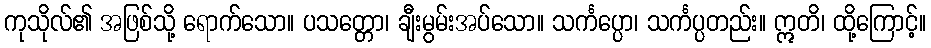
ကုသိုလ်၏ အဖြစ်သို့ ရောက်သော။ ပသတ္တော၊ ချီးမွမ်းအပ်သော။ သင်္ကပ္ပော၊ သင်္ကပ္ပတည်း။ ဣတိ၊ ထို့ကြောင့်။